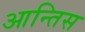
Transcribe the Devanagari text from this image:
आन्तिस